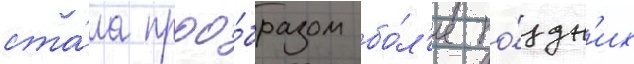
ста́ла проо́бразом бо́л'ее по́здн'их